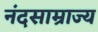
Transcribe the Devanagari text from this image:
नंदसाम्राज्य